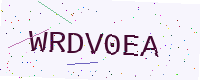
Text: WRDV0EA